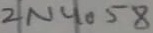
Text: 2N4058